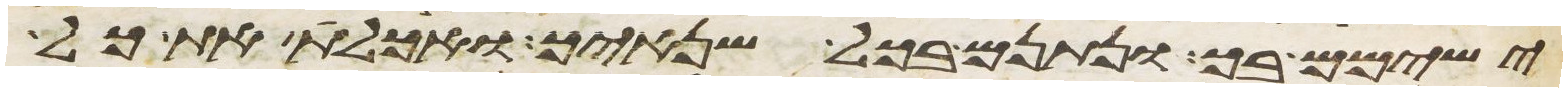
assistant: ישימם בך ונתנם בכל שנאיך ואכלת את כל